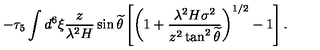
- \tau _ { 5 } \int d ^ { 6 } \xi \frac { z } { \lambda ^ { 2 } H } \sin { \widetilde { \theta } } \left[ \left( 1 + \frac { \lambda ^ { 2 } H \sigma ^ { 2 } } { z ^ { 2 } \tan ^ { 2 } { \widetilde { \theta } } } \right) ^ { 1 / 2 } - 1 \right] .